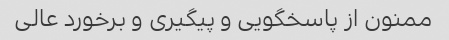
ممنون از پاسخگویی و پیگیری و برخورد عالی